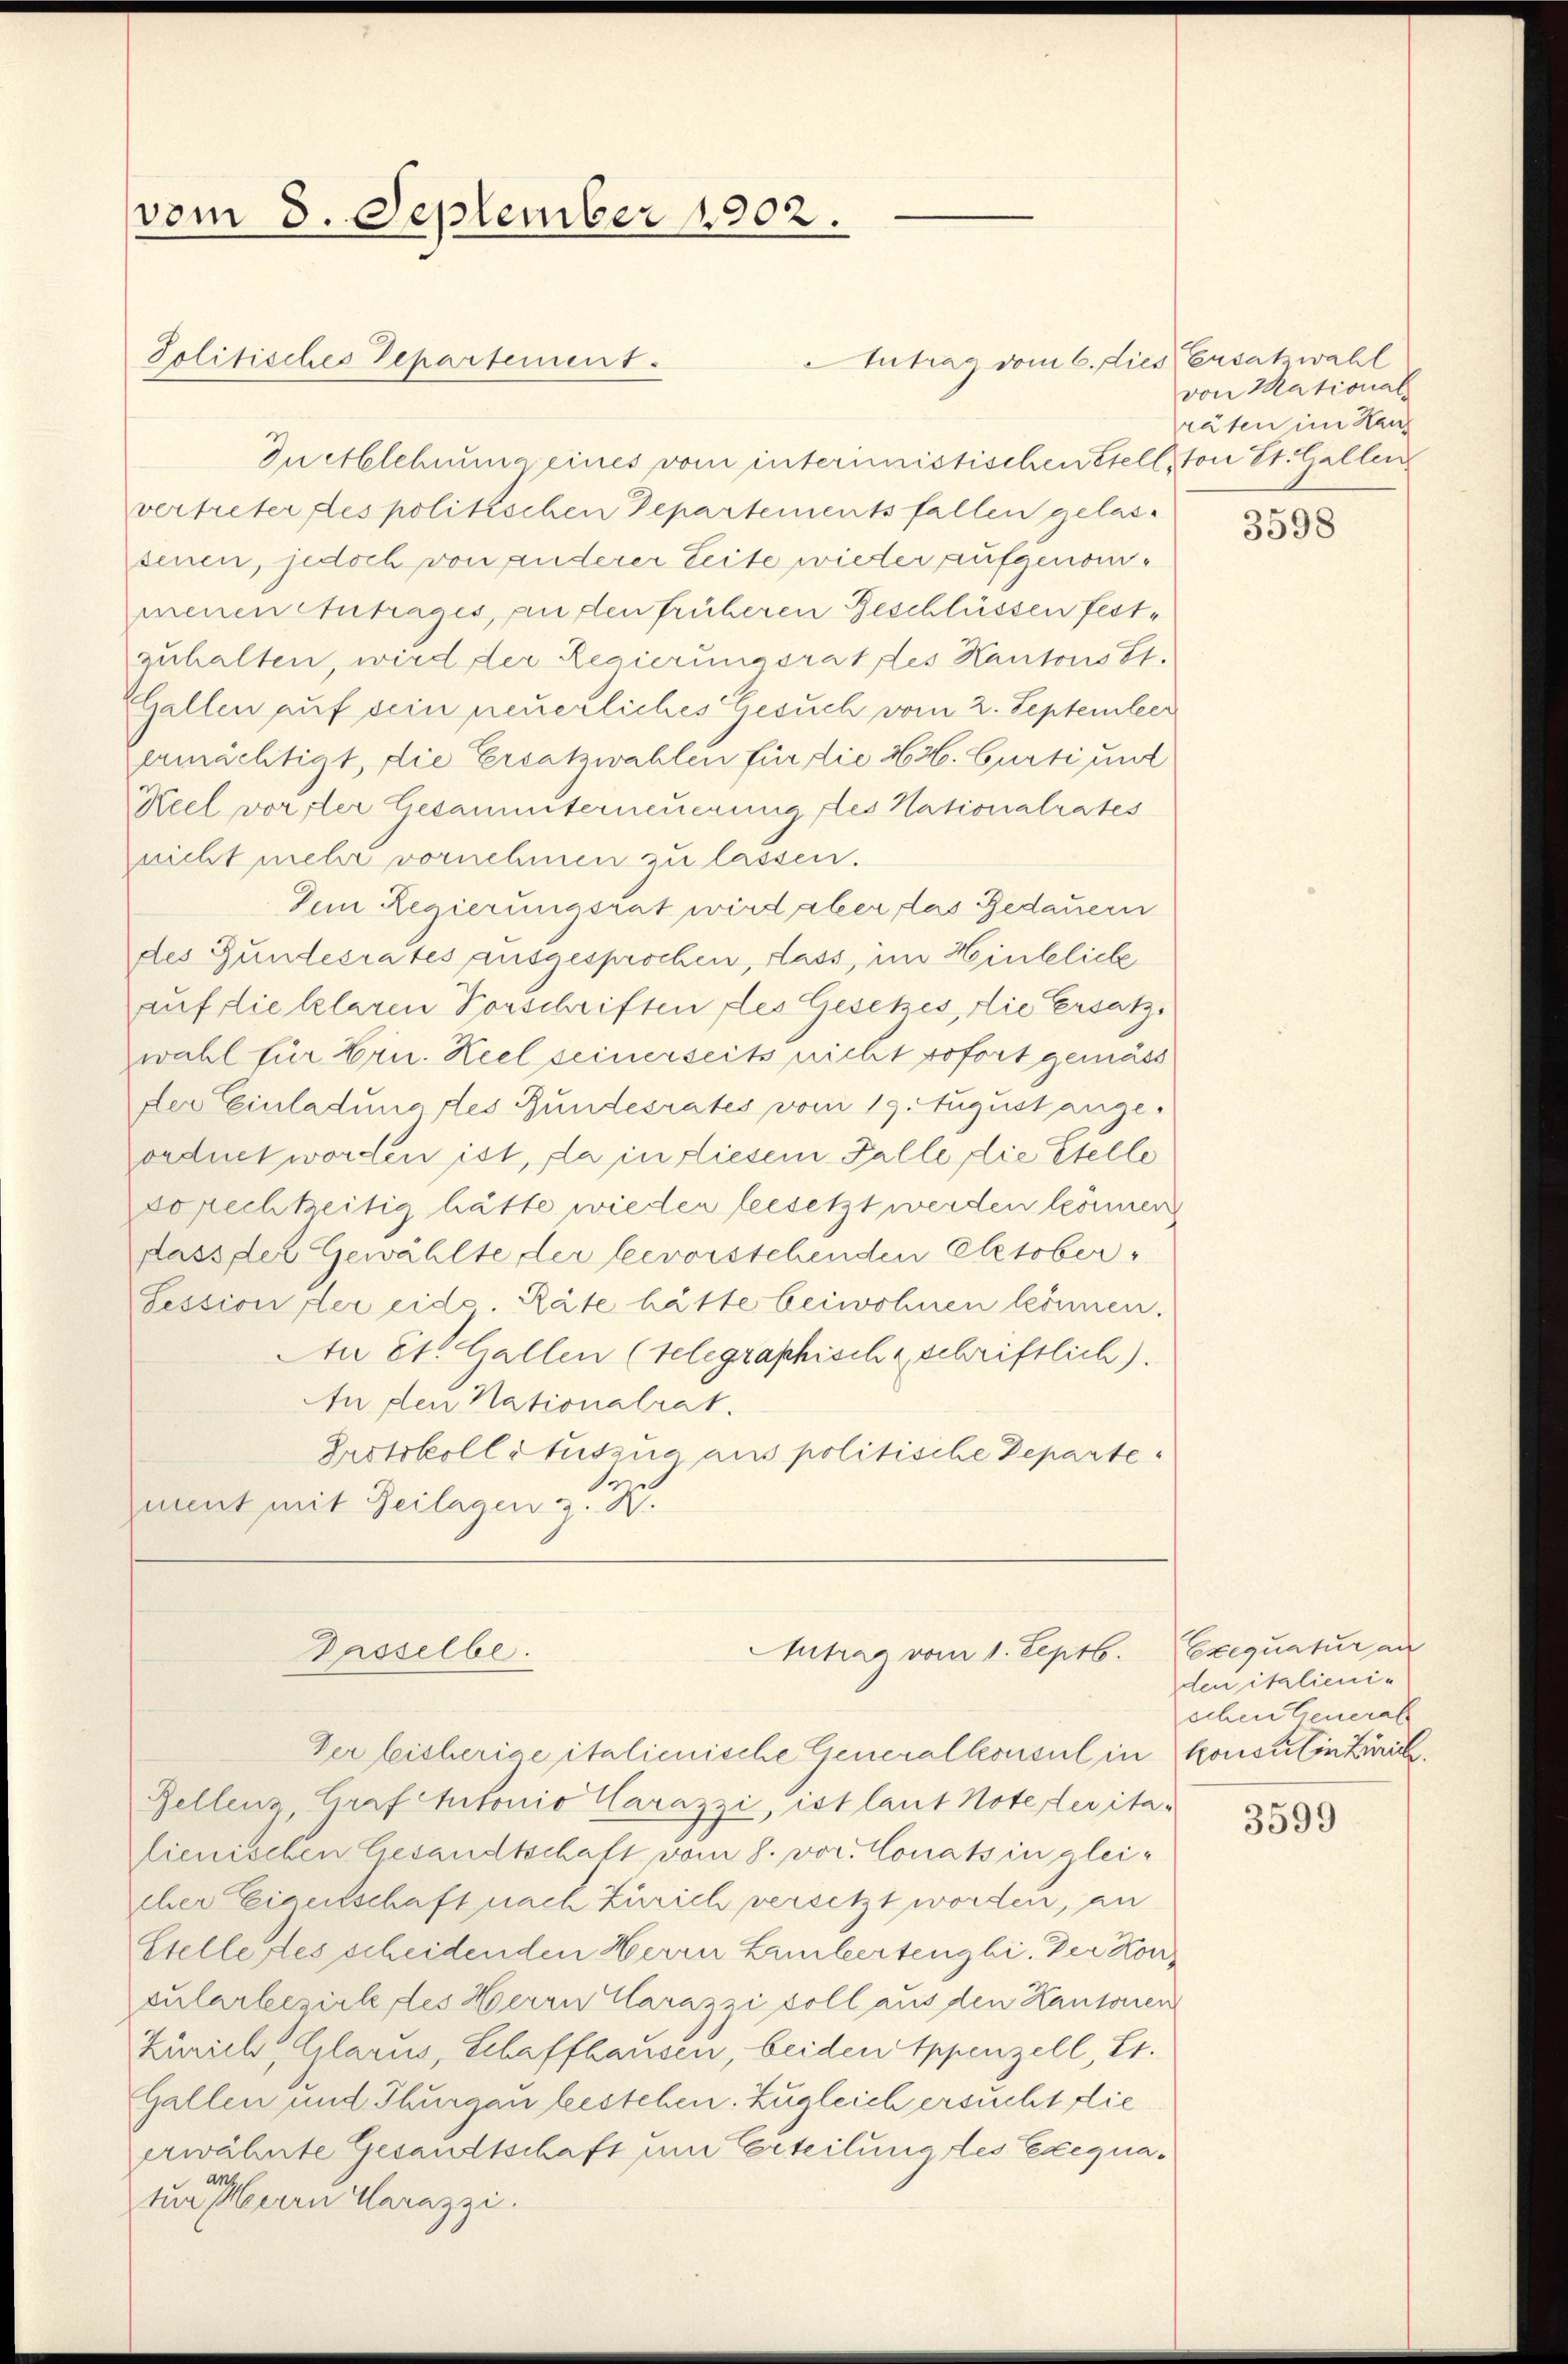
vom 8. September 1902.
Politisches Departement.

In Ablehnung eines vom interimistischen Stell, von St. Gallen
vertreter des politischen Departementsfallen gelassenen, jedoch von anderer Seite wieder aufgenommennen Antrages an den früheren Geschlüssen festzuhalten, wird der Regierungsrat des Kantons St.
Gallen auf sein neuerliches Gesuch vom 2. September
ermächtigt, die Ersatzwahlen für die H.H. Gurti unt
Keel vorster Gesammterneuerung des Nationalrates
nicht mehr vornehmen zu lassen.
Dem Regierungsrat wird aber das Gedauern
des Bundesrates ausgesprochen, dass, im Hinbliche
auf die klaren Vorschriften des Gesetzes, die Ersatz.
wahl für Hrn. Keel seinerseits nicht sofort gemäss
der Einladung des Bundesrates vom 19. August angeordnet worden ist, da in diesem Falle die Stelle
sopechteitig hätte wieder beesetzt werden können
dass der Gewählte der leevorstehenden Cletober¬
Session der eid. Räte hätte beiwohnen können.
An St. Gallen (telegraphisch schriftlich).
An den Nationalrat.
Protokoll Stutzsua aus politische Departe
ment mit Beilagen z. B.

Dasselbe.

Der bisherige italienische Generalkonsul in konsul in Zürich
Zellens Graf Antonio Carazzi, ist laut Notester italienischen Gesandtschaft vom 8. vor. Conats in gleicher Eigenschaft nach Zürich versetzt worden, an
Stelle des scheidenden Herrn Landertengli. Der Koncularbezirk des Herrn Carazzi soll aus den Kantonen
Zürich, Glarus, Schaffhausen, beiden Appenzell, L.
Gallen und Thurgau bestehen. Zugleich ersucht die
erwähnte Gesandtschaft um Erteilung des Exequatun herrn Carazzi.

Antrag vom 1. Septb.

AAntrag vom 6. diese Ersatzwahl

von Mational
räten im Hau

3598

Exequatur an
den italienischen General

3599